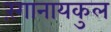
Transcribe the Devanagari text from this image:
रंगानायकुल